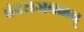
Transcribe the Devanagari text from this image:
बंदराजवळच्